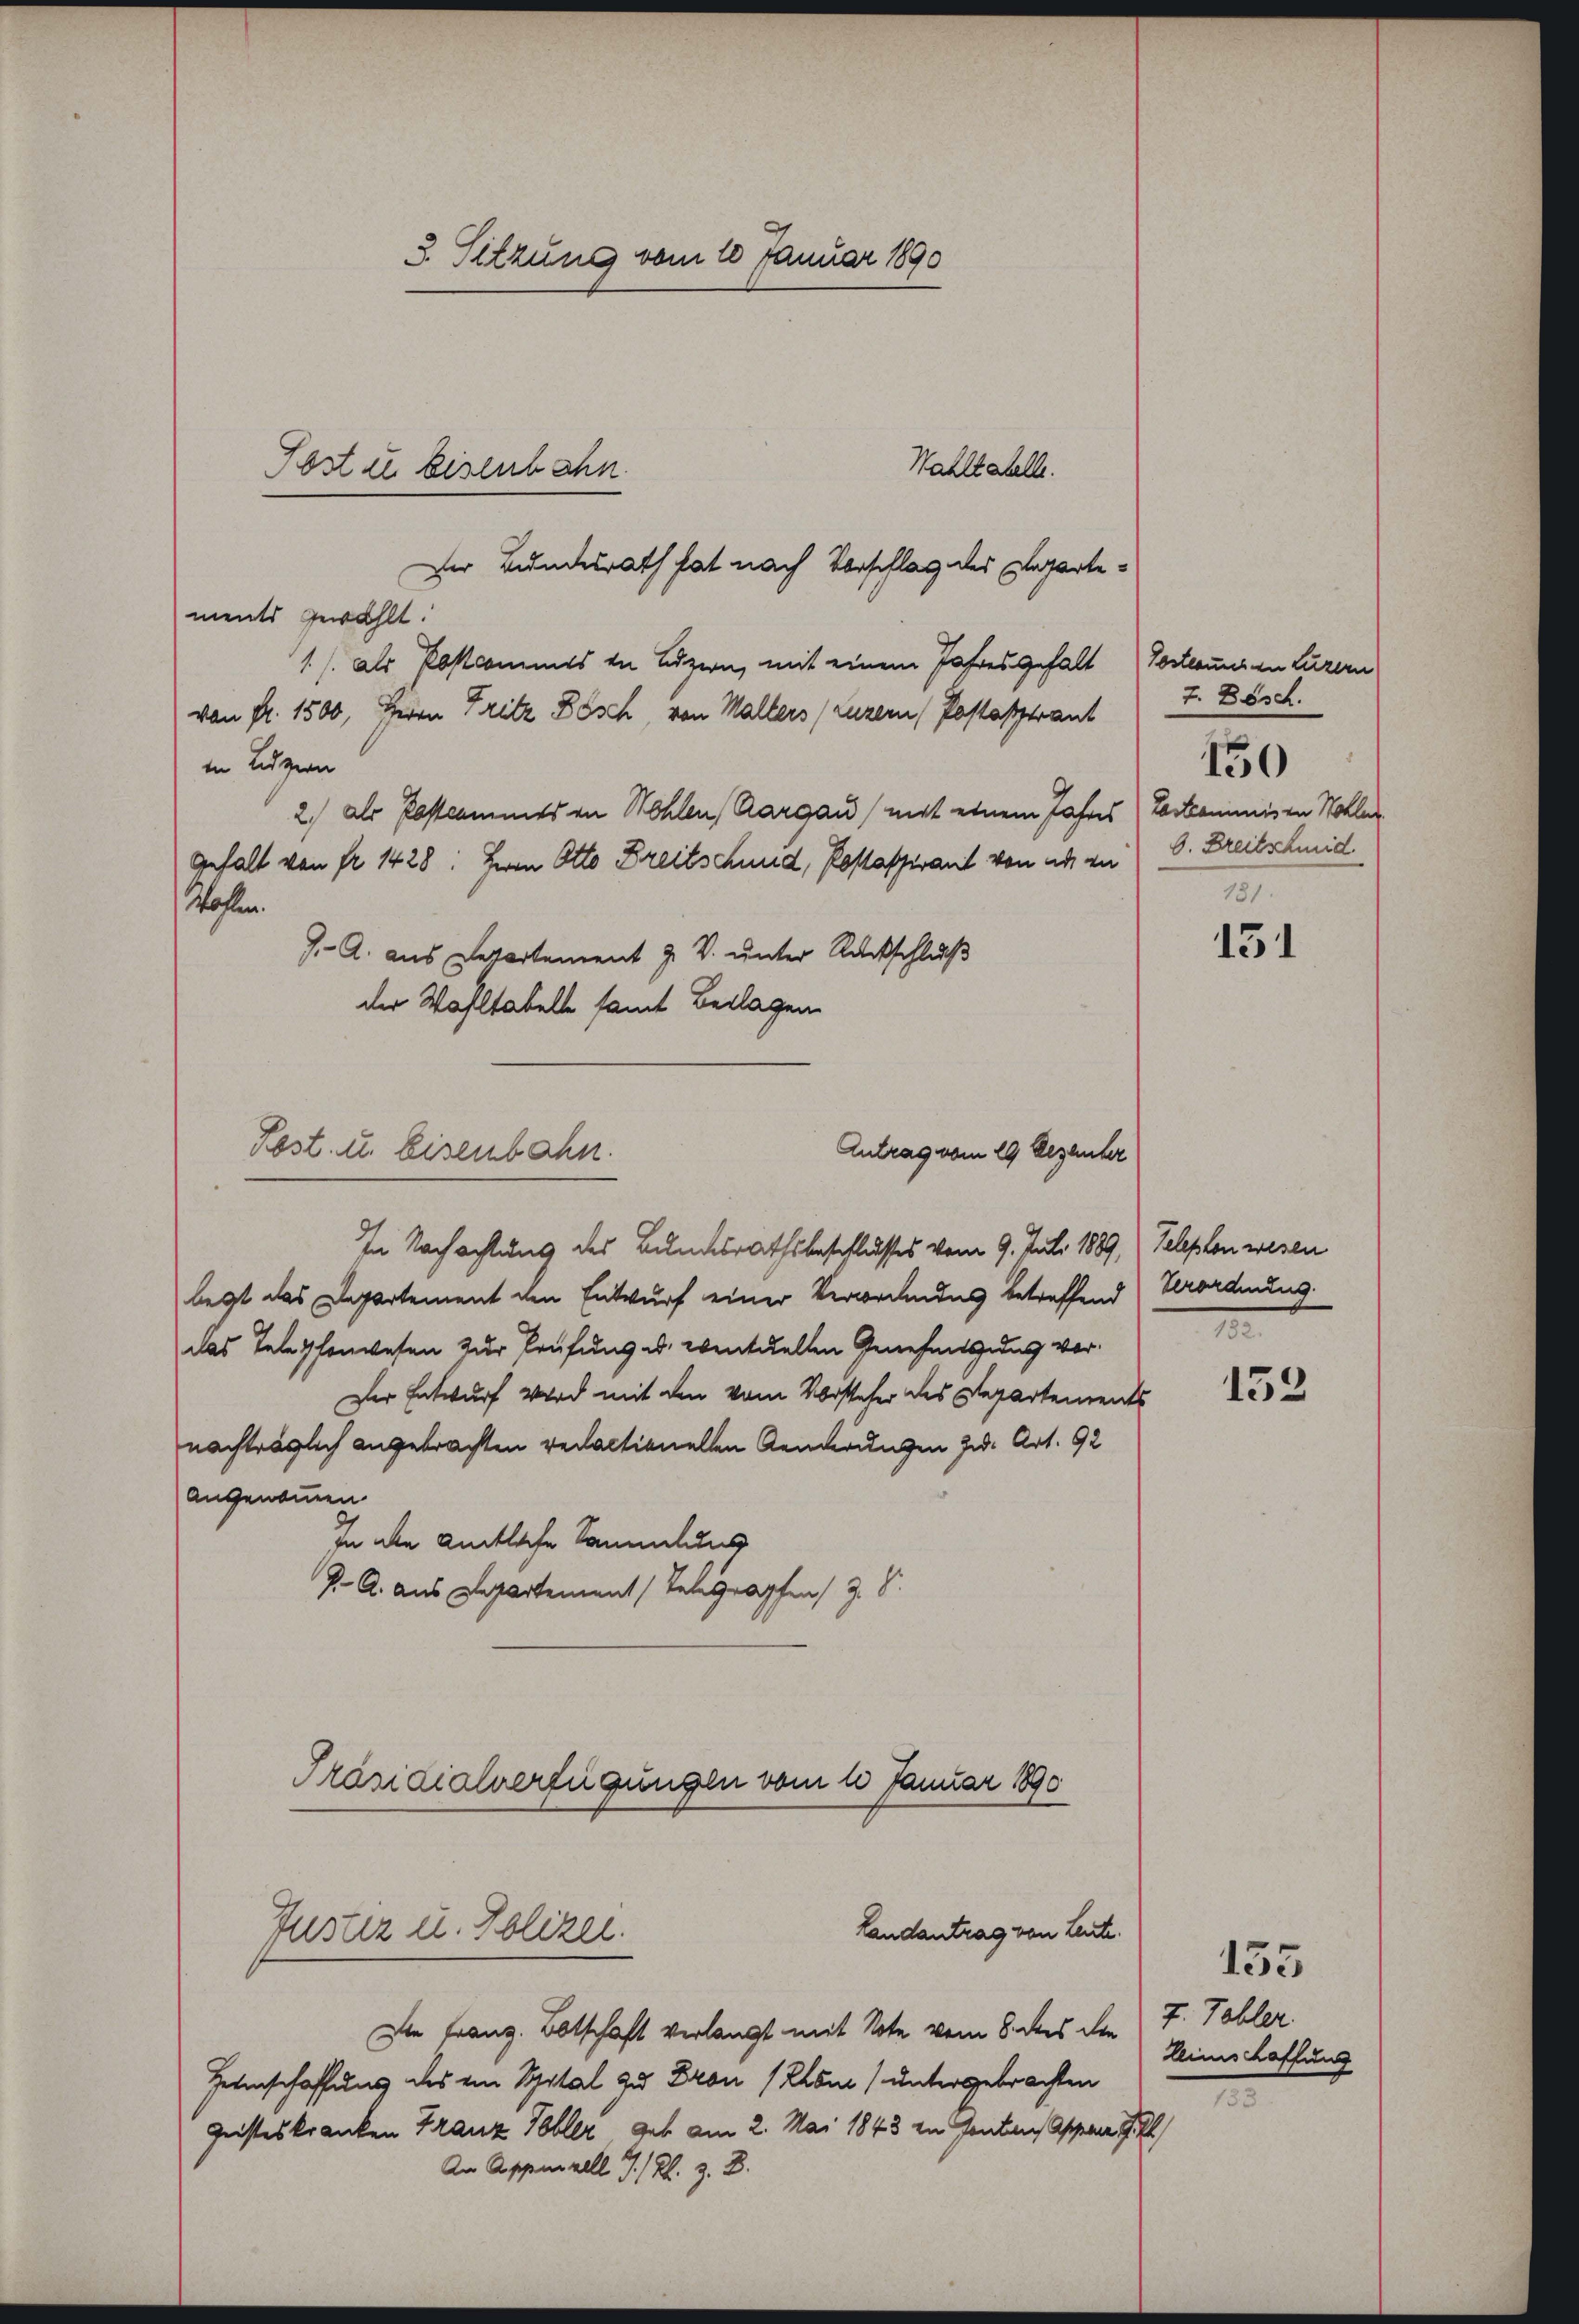
3. Sitzung vom 10 Januar 1890
Wahltahelle.
Post u. Eisenbahn.

Der Bundesrath hat nach Vorschlag des Repartements gewählt.
1./. als Postcommes in Luzern, mit einem Jahres gehalt Posterung an Luzern
von fr. 1500, Herrn Fritz Bösch, von Malters (Luzern / Postastrant
in Luzern
2) als Postcammts in Wohlen, Aargau) mit einem Jahres Vorkommisen Sohler
Gehalt von fr. 1428: Herrn Otto Breitschund, Kastaspirant von an zu
Wohlen.
J. A. aus Departement J. V. unter Rückschluß
der Wahltabelle samt Beilagen
In Nachachtung des Bundesrathsbeschlusses vom 9. Juli 1889, Telephon wesen
legt das Departement den Entwurf einer Verwendus betreffend Verordnung
das Telephonwesen zur Prüfung u. eventuellen Genehmtsgedes vor¬
Der Entwurf wird mit den vom Vorsteher des Departements
nachträglich angebrachten redactionellen Aenderungen zu. Art. 92
angenommen.
In die amtliche Sammlung
J. A. aus Departement (Telegrapfen, z. S.
Präsidialverfügungen vom 1 Januar 1890
Landantrag von Leute.
Justiz u. Polizei.
Die Franz. Botschaft verlangt mit Note vom 8. des den 7. Tobler.
Herinschaffung des ein Systal zu Fron Plan (untergebrachten
Geisteskranken Franz Tobler geb. am 2. Mai 1843 in Fonten Appen I. 7
An Appenzell I/Rh. z. B.

Rost. u. Eisenbahn.
Antrag vom 19 Dezember

7. Bösch.
6. Breitschmid
181.

150

131

I

153

Leinschaffung
3

155